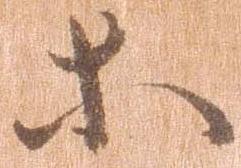
等